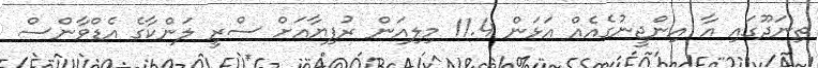
ތިނަދޫގައި އާ އިންޖީނުގެއެއް އަޅަން 11.4 މިލިއަން ރުފިޔާއަށް ސްރީ ލަންކާގެ އެޑްވާންސް